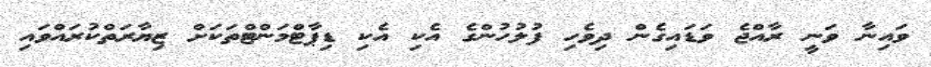
ވައިނާ ވަނީ ރާއްޖެ ވަޑައިގެން ދިވެހި ފުލުހުންގެ އެކި އެކި ޑިޕާޓްމަންޓްތަކަށް ޒިޔާރަތްކުރައްވައި